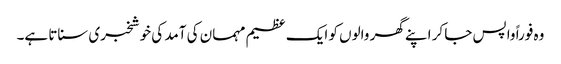
وہ فوراً واپس جا کر اپنے گھر والوں کو ایک عظیم مہمان کی آمد کی خوشخبری سناتا ہے۔